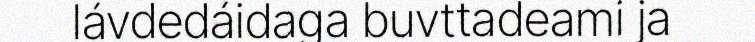
lávdedáidaga buvttadeami ja